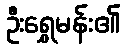
ဦးရွှေမန်း၏